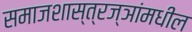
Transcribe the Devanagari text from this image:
समाजशास्त्रज्ञांमधील